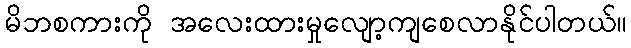
မိဘစကားကို အလေးထားမှုလျော့ကျစေလာနိုင်ပါတယ်။